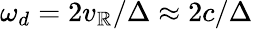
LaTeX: \omega_{d}=2v_{\mathbb{R}}/\Delta\approx2c/\Delta